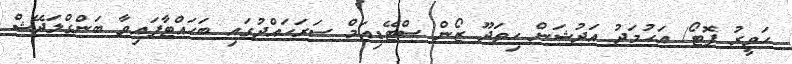
ހަވީރު ފޮޓޯ/ އަހުމަދު އަދުޝަން ހިތަދޫ ޒޯން ސްޓޭޑިއަމް ސަރަހައްދުގައި ބަހައްޓާފައިވާ ބަންގްލަދޭޝް